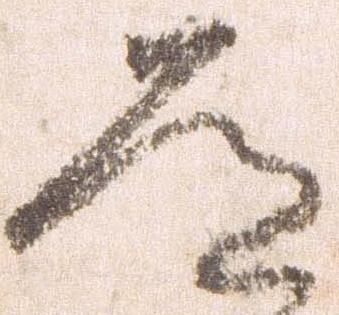
道